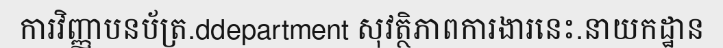
ការវិញ្ញាបនប័ត្រ.ddepartment សុវត្ថិភាពការងារនេះ.នាយកដ្ឋាន